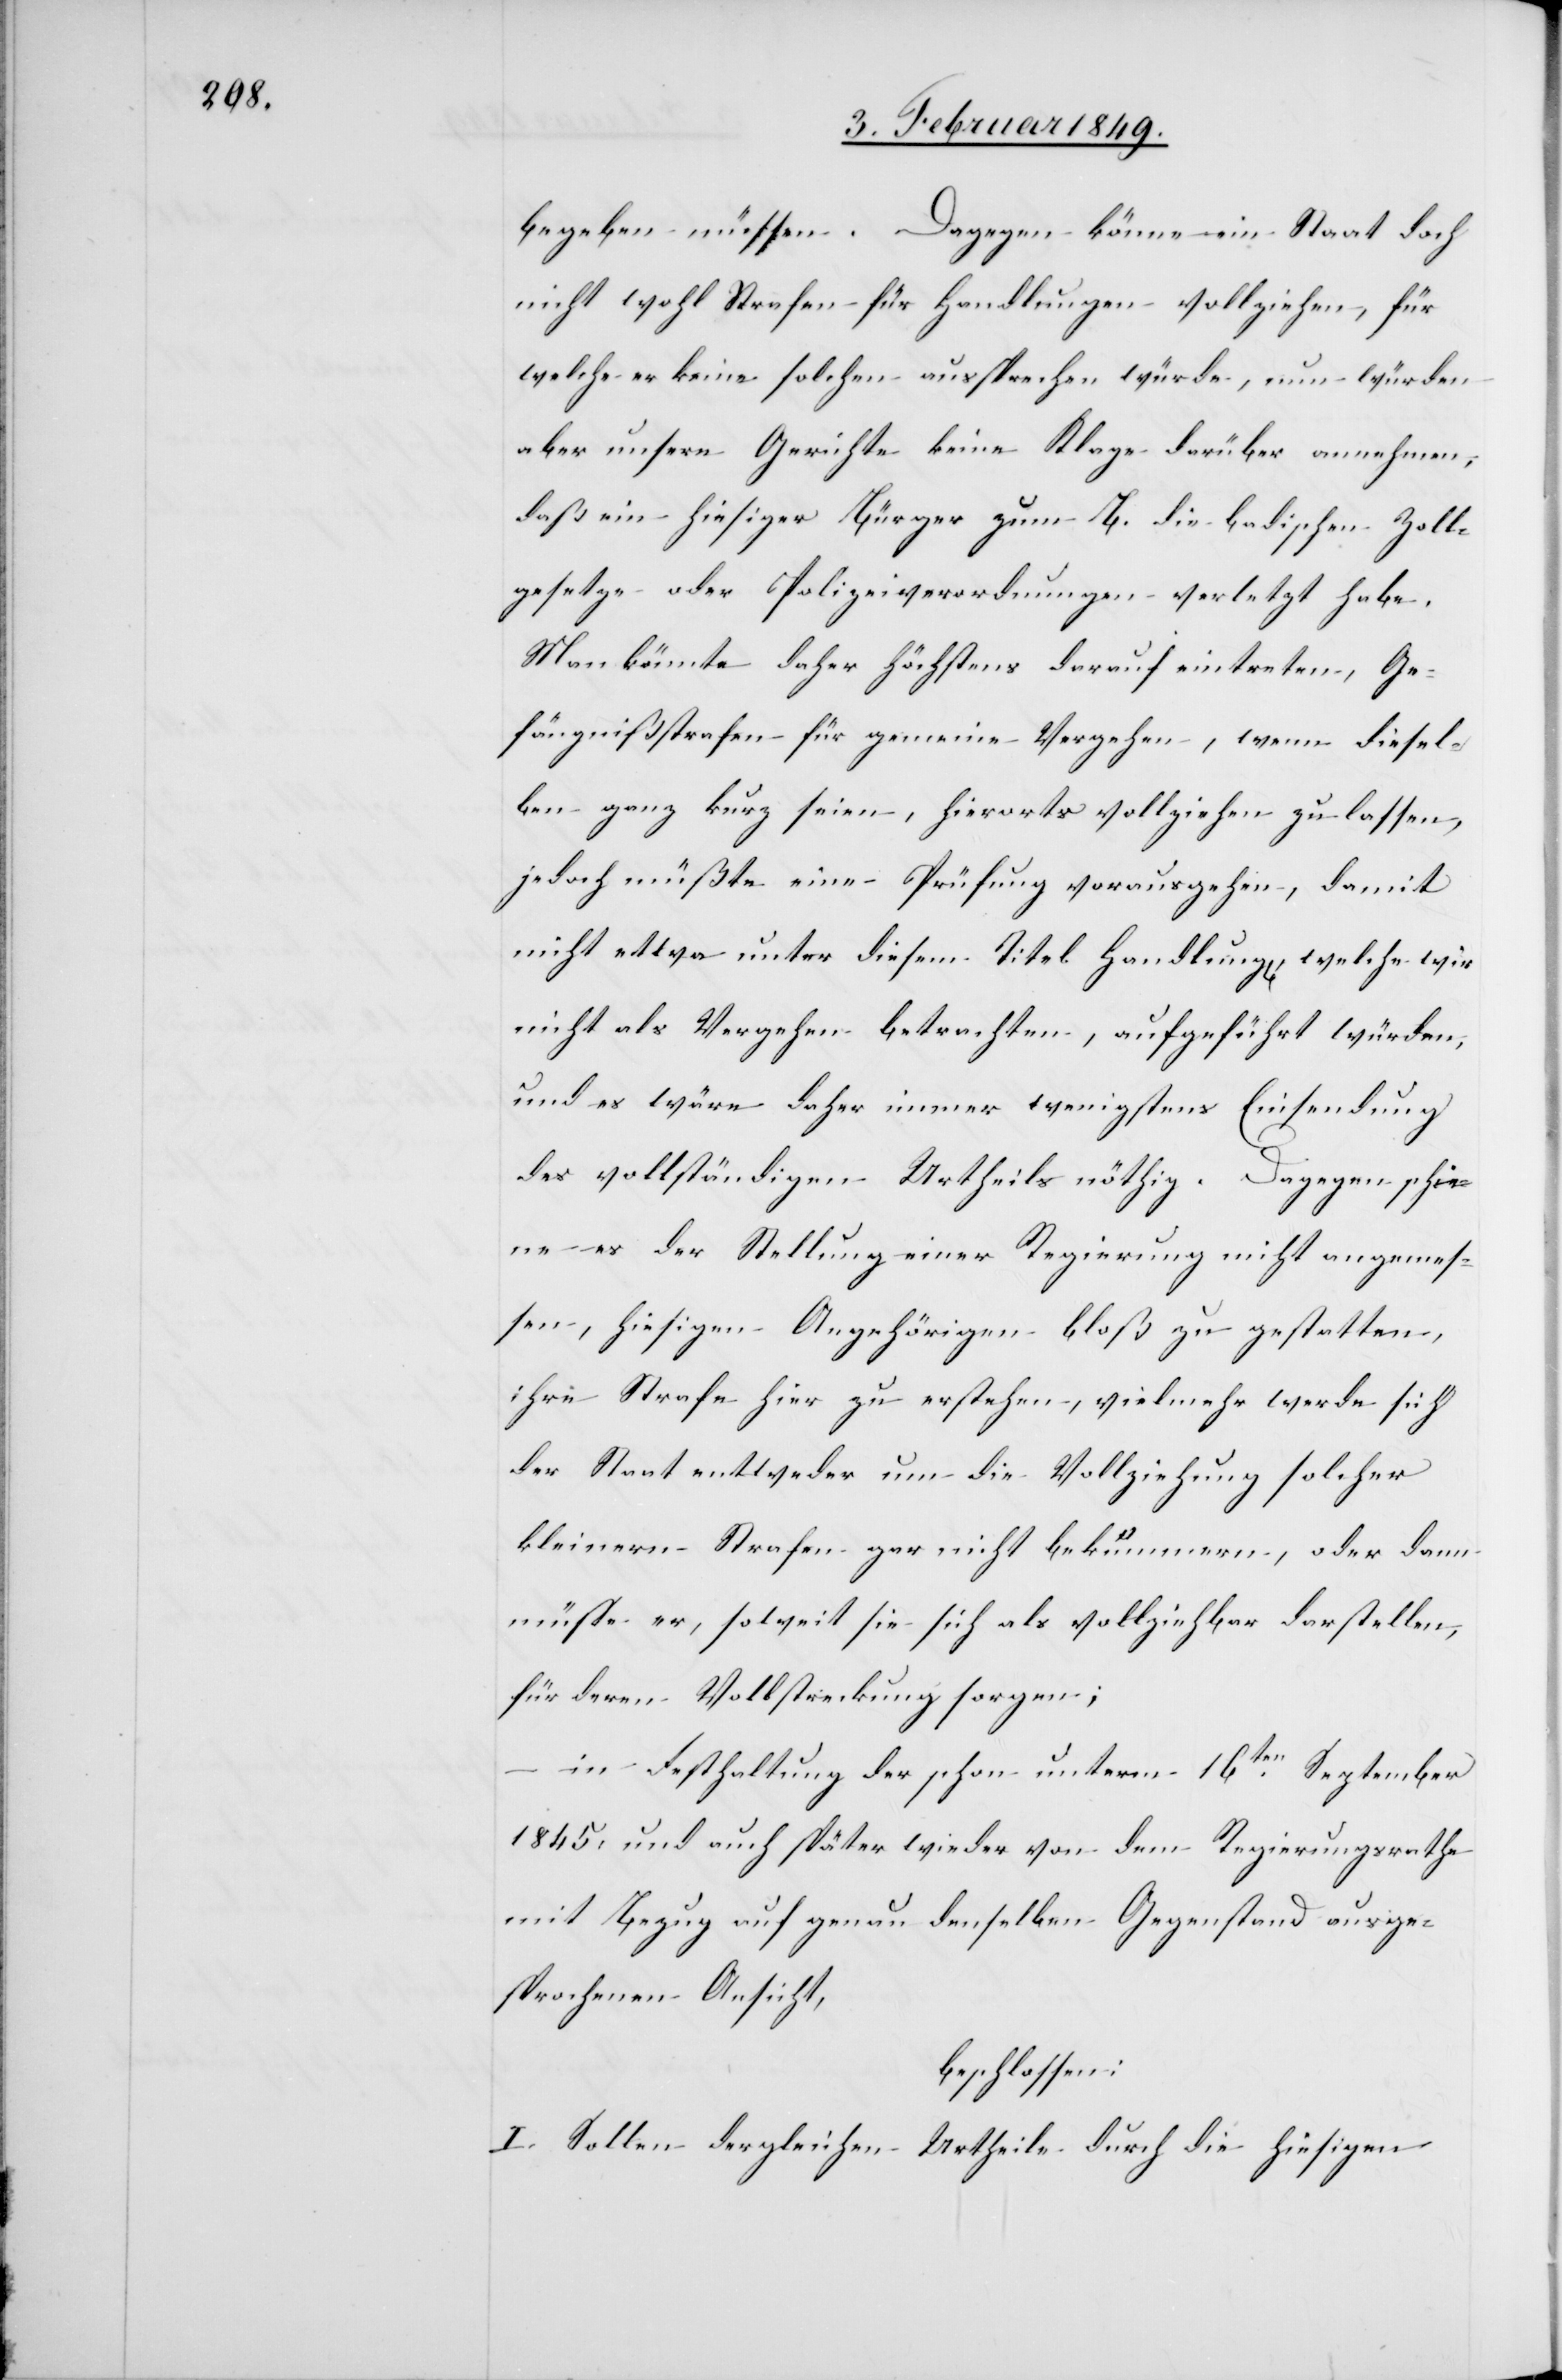
begeben müssen. Dagegen könne ein Staat doch
nicht wohl Strafen für Handlungen vollziehen, für
welche er keine solchen aussprechen würde, nun würden
aber unsere Gerichte keine Klage darüber annehmen,
daß ein hiesiger Bürger zum B. die badischen Zoll¬
gesetze oder Polizeiverordnungen verletzt habe.
Man könnte daher höchstens darauf eintreten, Ge¬
fängnißstrafen für gemeine Vergehen, wenn diesel¬
ben ganz kurz seien, hierorts vollziehen zu lassen,
jedoch müßte eine Prüfung vorausgehen, damit
nicht etwa unter diesem Titel Handlung[en], welche wir
nicht als Vergehen betrachten, aufgeführt würden,
und es wäre daher immer wenigstens Einsendung
der vollständigen Urtheile nöthig. Dagegen schie¬
ne es der Stellung einer Regierung nicht angemes¬
sen, hiesigen Angehörigen bloß zu gestatten,
ihre Strafe hier zu erstehen, vielmehr werde sich
der Staat entweder um die Vollziehung solcher
kleinern Strafen gar nicht bekümmern, oder dann
müßte er, soweit sie sich als vollziehbar darstellen,
für deren Vollstreckung sorgen;
–
in Festhaltung der schon unterm 16ten. September
1845. und auch später wieder von dem Regierungsrathe
mit Bezug auf genau denselben Gegenstand ausge¬
sprochenen Ansicht,
beschlossen:
I. Sollen dergleichen Urtheile durch die hiesigen